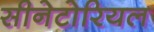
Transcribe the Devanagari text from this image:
सीनेटोरियल